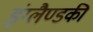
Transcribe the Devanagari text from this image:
इंग्लैण्डकी